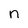
Character: n